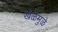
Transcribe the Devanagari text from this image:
खेळमुळे